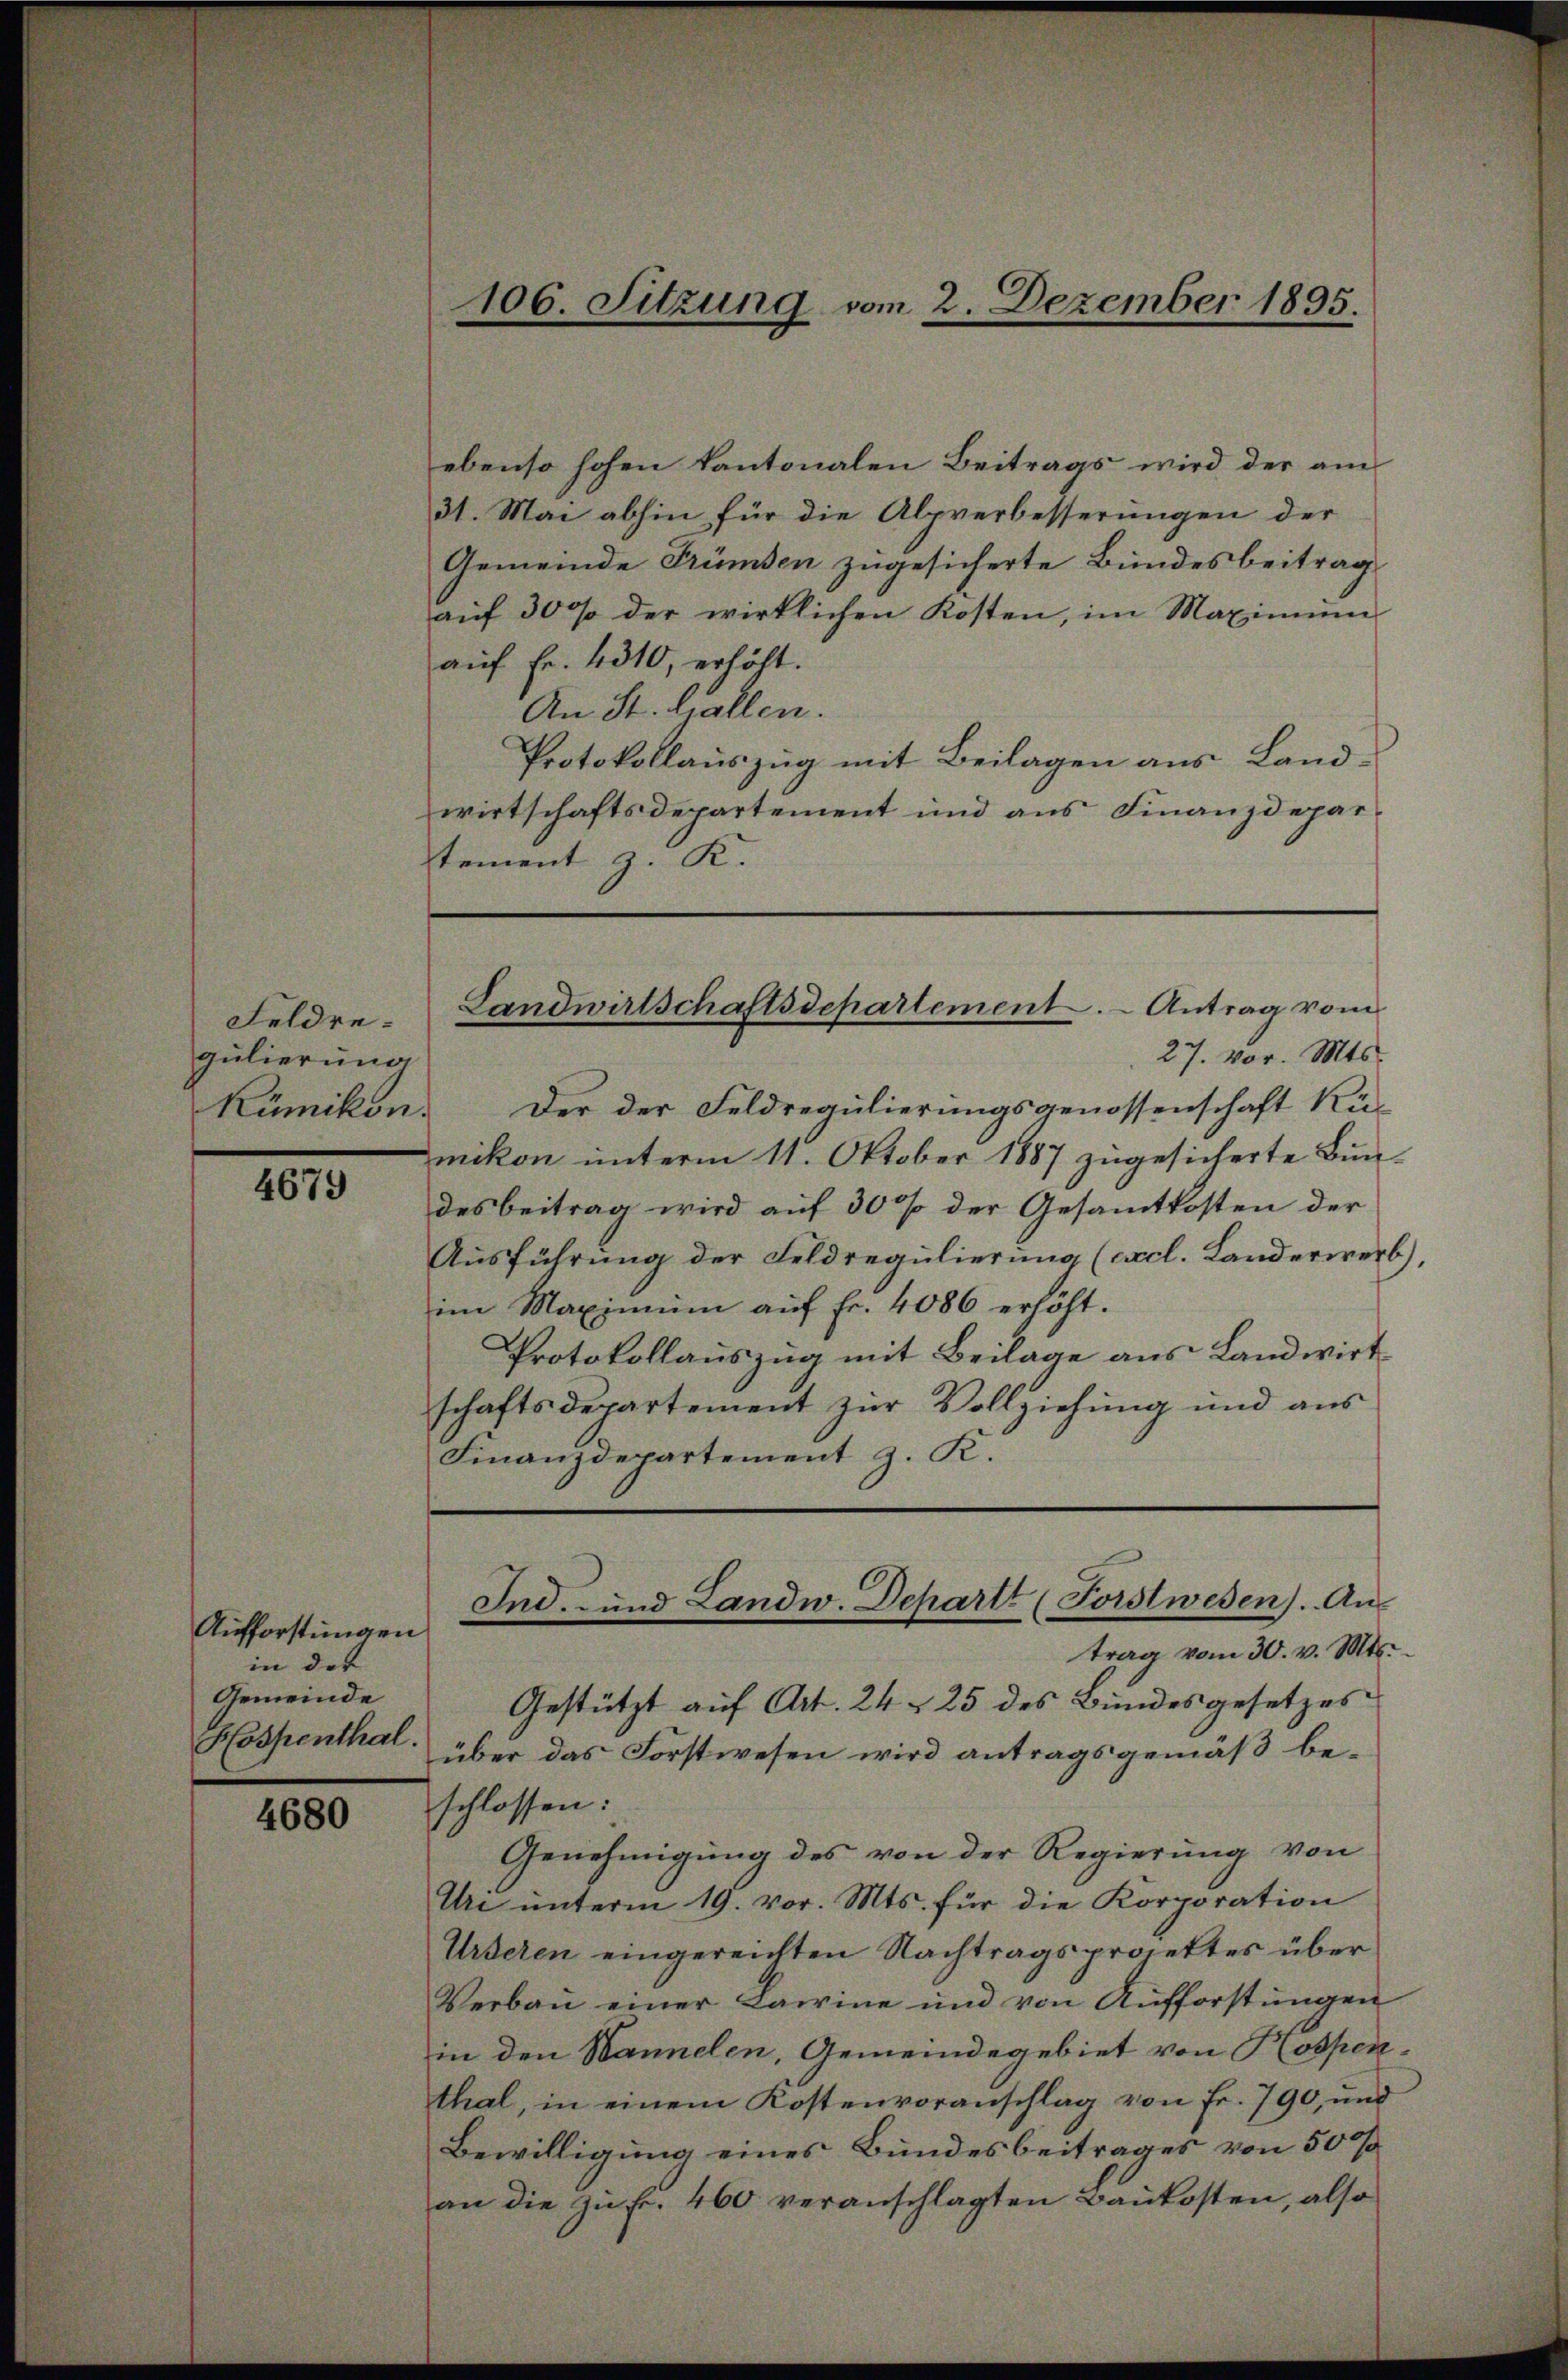
Feldregulierung
Kümikon.

4679

Aufforstungen
in der
Gemeinde

4680

ebenso hohen kantonalen Beitrags wird der am
31. Mai abhin für die Alpverbesserungen der
Gemeinde Trümsen zugesicherte Bundesbeitrag
aŭf 30 % der wirklichen Kosten, im Maximŭm
auf Fr. 4310, erhöht.
An St. Gallen.
Protokollauszug mit Beilagen aus Landwirtschaftsdepartement und aus Finanzdeparstement z. K.

Der der Feldreaulierungsgenossenschaft Kümikon unterm 11. Oktober 1887 zugesicherte Bundes beitrag wird auf 30 % der Gesamtkosten der
Ausführung der Feldregulierung (cxcl. Landerwerb,
im Maximum aŭf fr. 4086 erhöht.
Protokollauszug mit Beilage aus Landwirt
schaftsdepartement zur Vollziehung und aus
Finanzdepartement z. K.

106. Sitzung vom 2. Dezember 1895.

Landwirtschaftsdepartement. - Antrag vom
27. vor. Mts.

Hospenthal über das Forstwesen wird antragsgemäß beschlossen:
Genehmigung des von der Regierung von
Uri ŭnterm 19. vor. Mts. für die Korporation
Urseren eingereichten Nachtragsprojektes über
Verbau einer Lamine und von Aufforstungen
in den Wannelen, Gemeindegebiet von Hospenthal, in einem Kostenvoranschlag von Fr. 790, und
Bewilligung eines Bundesbeitrages von 500/
an die zu Fr. 460 veranschlagten Baukosten, also

Ind. - und Landw. Schartt (Forstwesen). An
trag vom 30. v. Mts.
Gestützt auf Art. 24 25 des Bundesgesetzes